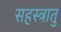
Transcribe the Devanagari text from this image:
सहस्त्रातु